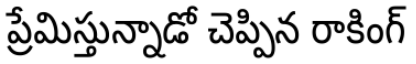
ప్రేమిస్తున్నాడో చెప్పిన రాకింగ్